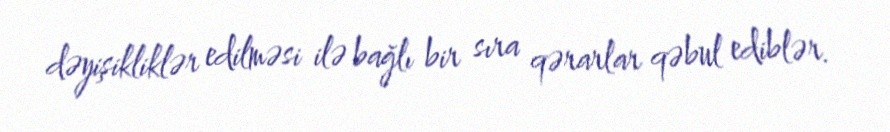
dəyişikliklər edilməsi ilə bağlı bir sıra qərarlar qəbul ediblər.